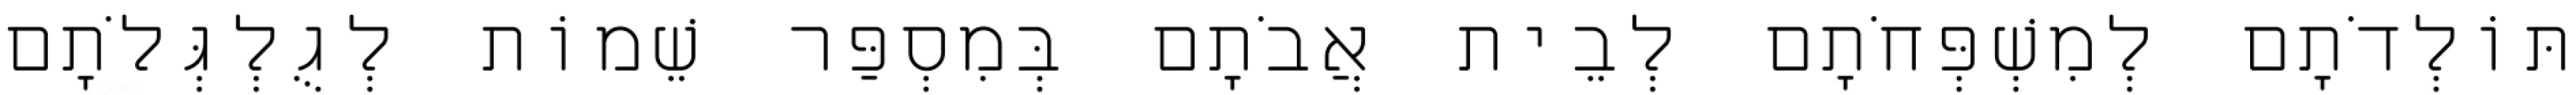
תּוֹלְדֹתָם לְמִשְׁפְּחֹתָם לְבֵית אֲבֹתָם בְּמִסְפַּר שֵׁמוֹת לְגֻלְגְּלֹתָם